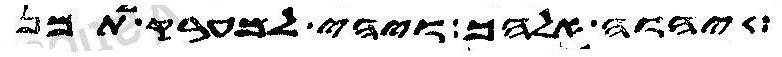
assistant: יהוה אלהך ויהי למערק לתמן